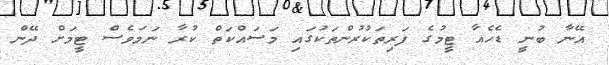
އޭނާ ބުނީ ޑެހެއާ ޓީމުގެ ފަރިތަކުރުންތަކުގައި މަސައްކަތް ކުރާ ނަމަވެސް ޓީމަށް ދޭން